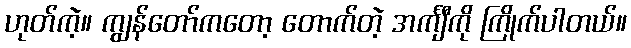
ဟုတ်ကဲ့။ ကျွန်တော်ကတော့ တောက်တဲ့ အင်္ကျီကို ကြိုက်ပါတယ်။